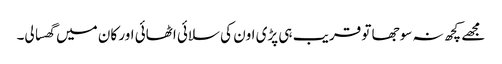
مجھے کچھ نہ سوجھا تو قریب ہی پڑی اون کی سلائی اٹھائی اور کان میں گھسا لی۔